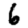
Digit: 6